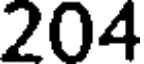
204